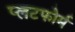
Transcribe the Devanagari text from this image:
प्लटफोर्म